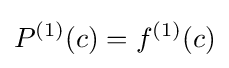
P^{(1)}(c)=f^{(1)}(c)